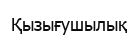
Қызығушылық